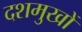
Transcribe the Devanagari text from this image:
दशमुखों